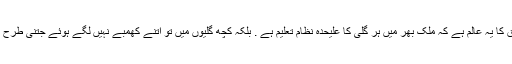
دوستوں کی وارفتگی اور شوق کا یہ عالم ہے کہ ملک بھر میں ہر گلی کا علیحدہ نظام تعلیم ہے . بلکہ کچھ گلیوں میں تو اتنے کھمبے نہیں لگے ہوئے جتنی طرح کے نظام تعلیم چل رہے ہیں ۔